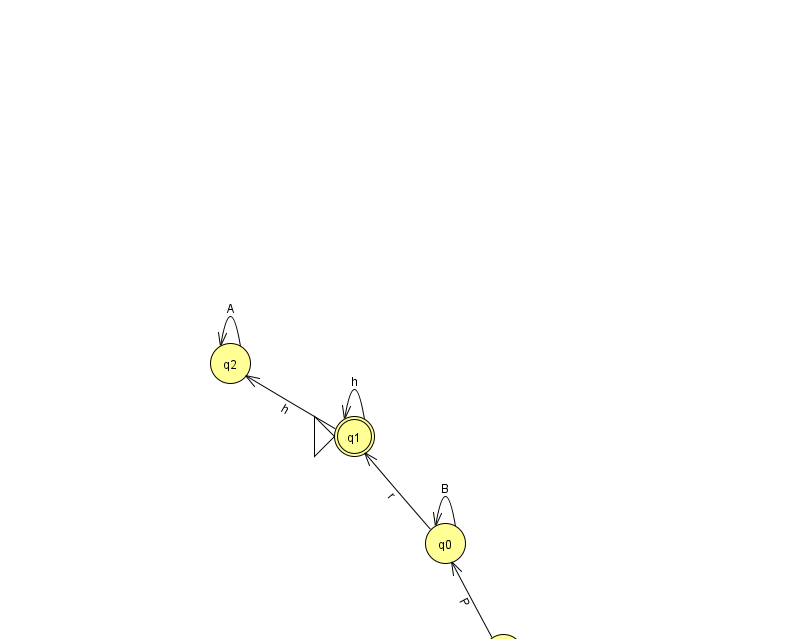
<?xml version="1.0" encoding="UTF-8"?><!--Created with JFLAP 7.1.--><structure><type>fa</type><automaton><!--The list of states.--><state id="0" name="q0"><x>445.0</x><y>530.0</y></state><state id="1" name="q1"><x>354.0</x><y>423.0</y><initial/><final/></state><state id="2" name="q2"><x>230.0</x><y>350.0</y></state><state id="3" name="q3"><x>904.0</x><y>50.0</y></state><state id="4" name="q4"><x>503.0</x><y>641.0</y></state><!--The list of transitions.--><transition><from>2</from><to>2</to><read>A</read></transition><transition><from>0</from><to>0</to><read>B</read></transition><transition><from>0</from><to>1</to><read>r</read></transition><transition><from>1</from><to>2</to><read>h</read></transition><transition><from>1</from><to>1</to><read>h</read></transition><transition><from>3</from><to>3</to><read>h</read></transition><transition><from>4</from><to>0</to><read>P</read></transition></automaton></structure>